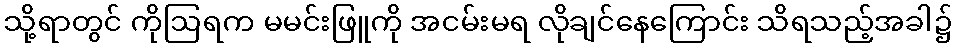
သို့ရာတွင် ကိုဩရက မမင်းဖြူကို အငမ်းမရ လိုချင်နေကြောင်း သိရသည့်အခါ၌